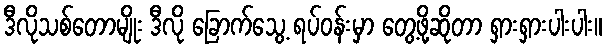
ဒီလိုသစ်တောမျိုး ဒီလို ခြောက်သွေ့ ရပ်ဝန်းမှာ တွေ့ဖို့ဆိုတာ ရှားရှားပါးပါး။